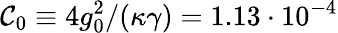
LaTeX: \mathcal{C}_{\mathrm{0}}\equiv 4g_{0}^{2}/(\kappa\gamma)=1.13\cdot 10^{-4}